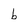
Character: b